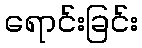
ရောင်းခြင်း